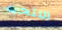
ستحبه